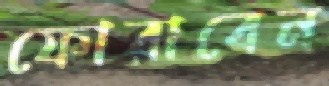
ফোরাবেন